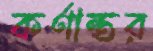
কর্ণান্তর